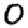
Digit: 0